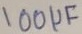
Text: 100µF